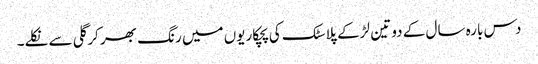
دس بارہ سال کے دو تین لڑکے پلاسٹک کی پچکاریوں میں رنگ بھر کر گلی سے نکلے۔